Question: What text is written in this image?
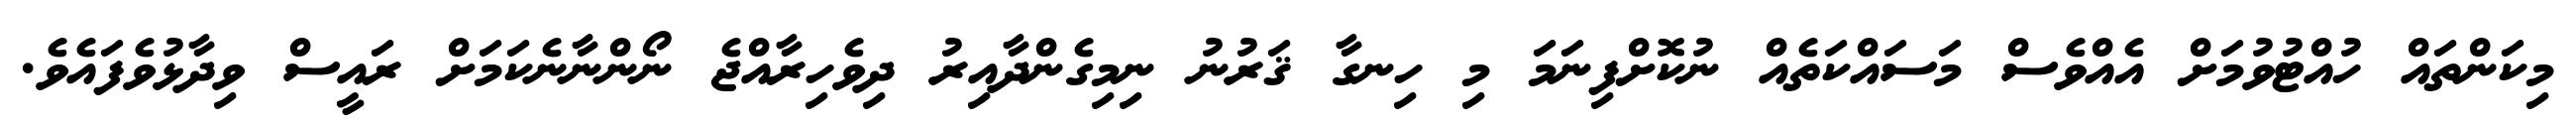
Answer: މިކަންތައް ހުއްޓުވުމަށް އެއްވެސް މަސައްކަތެއް ނުކޮށްފިނަމަ މި ހިނގާ ޤަރުނު ނިމިގެންދާއިރު ދިވެހިރާއްޖެ ނޯންނާނެކަމަށް ރައީސް ވިދާޅުވެފައެވެ.